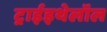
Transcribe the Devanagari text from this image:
ट्राईइथेलॉल